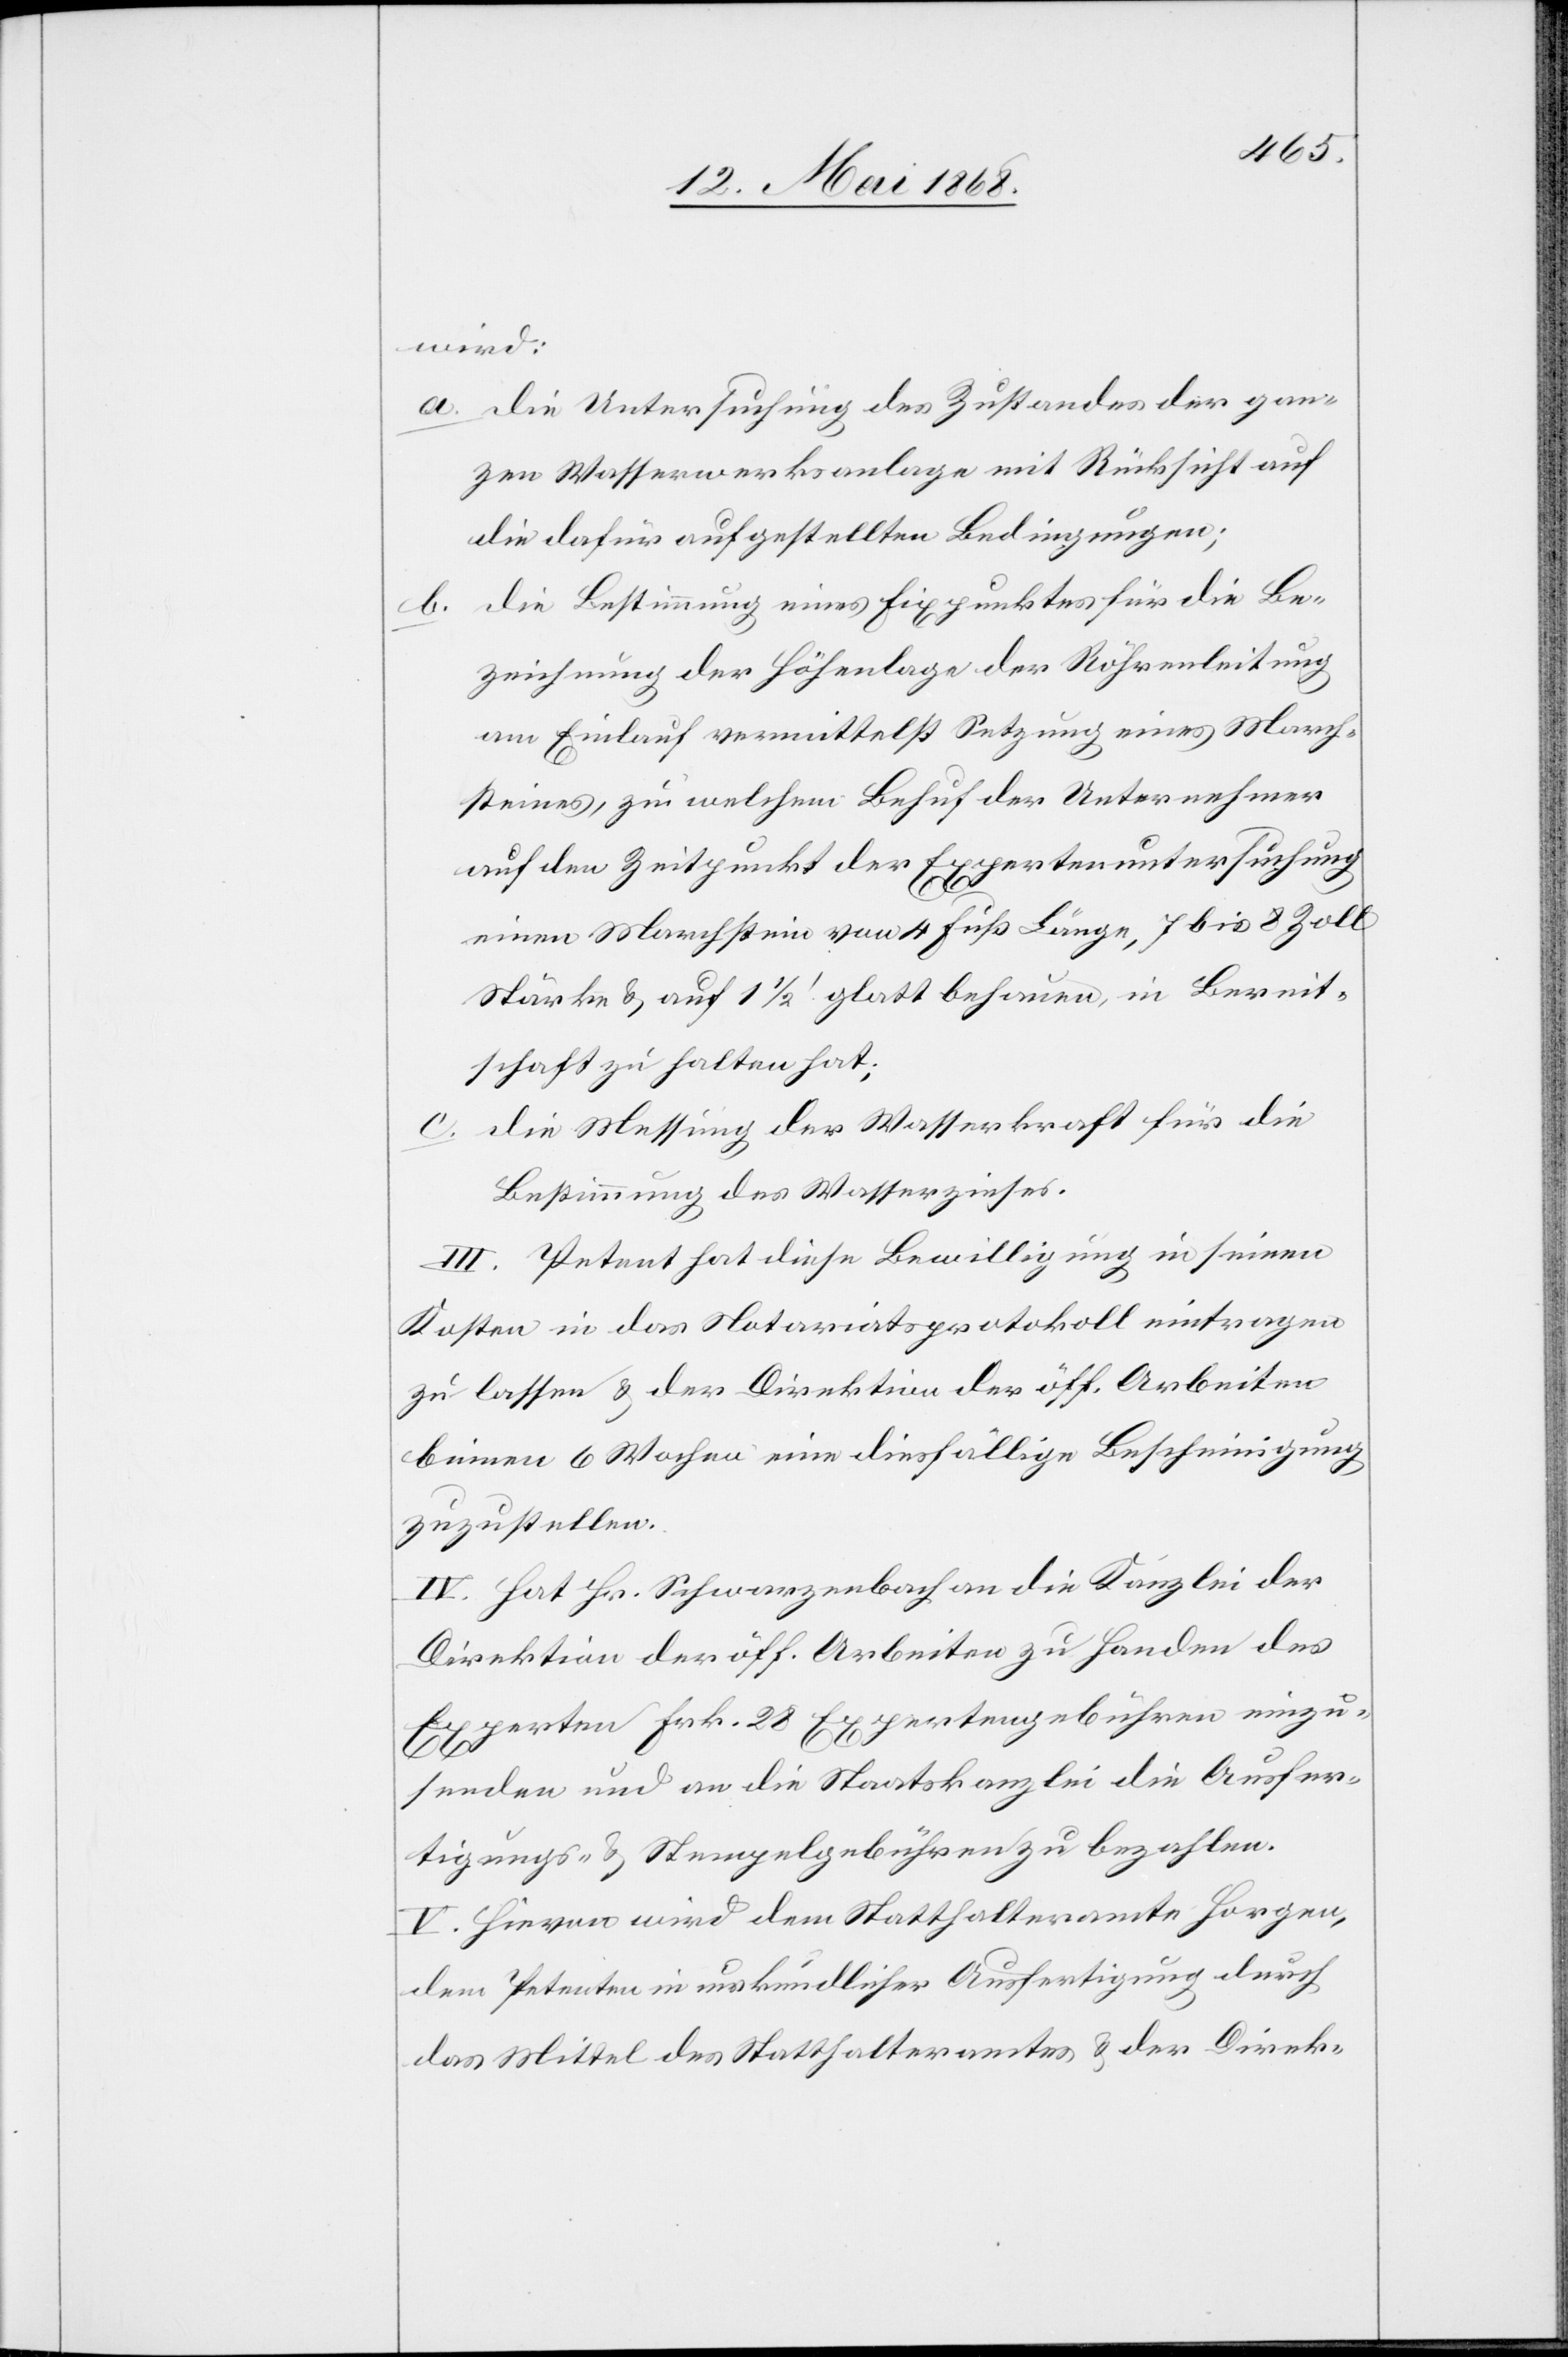
wird:
die Untersuchung des Zustandes der gan¬
zen Wasserwerksanlage mit Rücksicht auf
die dafür aufgestellten Bedingungen,
die Bestimmung eines Fixpunktes für die Be¬
zeichnung der Höhenlage der Röhrenleitung
am Einlauf vermittelst Setzung eines March¬
steines, zu welchem Behuf der Unternehmer
auf den Zeitpunkt der Expertenuntersuchung
b.
einen Marchstein von 4 Fuß Länge, 7 bis 8 Zoll
Stärke & auf 1 1/2 ' glatt behauen, in Bereit¬
schaft zu halten hat;
die Messung der Wasserkraft für die
Bestimmung des Wasserzinses.
III. Petent hat diese Bewilligung in seinen
Kosten in das Notariatsprotokoll eintragen
zu lassen & der Direktion der öff. Arbeiten
binnen 6 Wochen eine diesfällige Bescheinigung
zuzustellen.
IV. Hat Hr. Schwarzenbach an die Kanzlei der
Direktion der öff. Arbeiten zu Handen des
Experten Frk. 28 Expertengebühren einzu¬
senden und an die Staatskanzlei die Ausfer¬
tigungs- & Stempelgebühren zu bezahlen.
V. Hievon wird dem Statthalteramte Horgen,
dem Petenten in urkundlicher Ausfertigung durch
das Mittel des Statthalteramtes & der Direk-